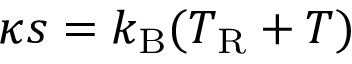
\kappa s = k _ { \mathrm { B } } ( T _ { \mathrm { R } } + T )